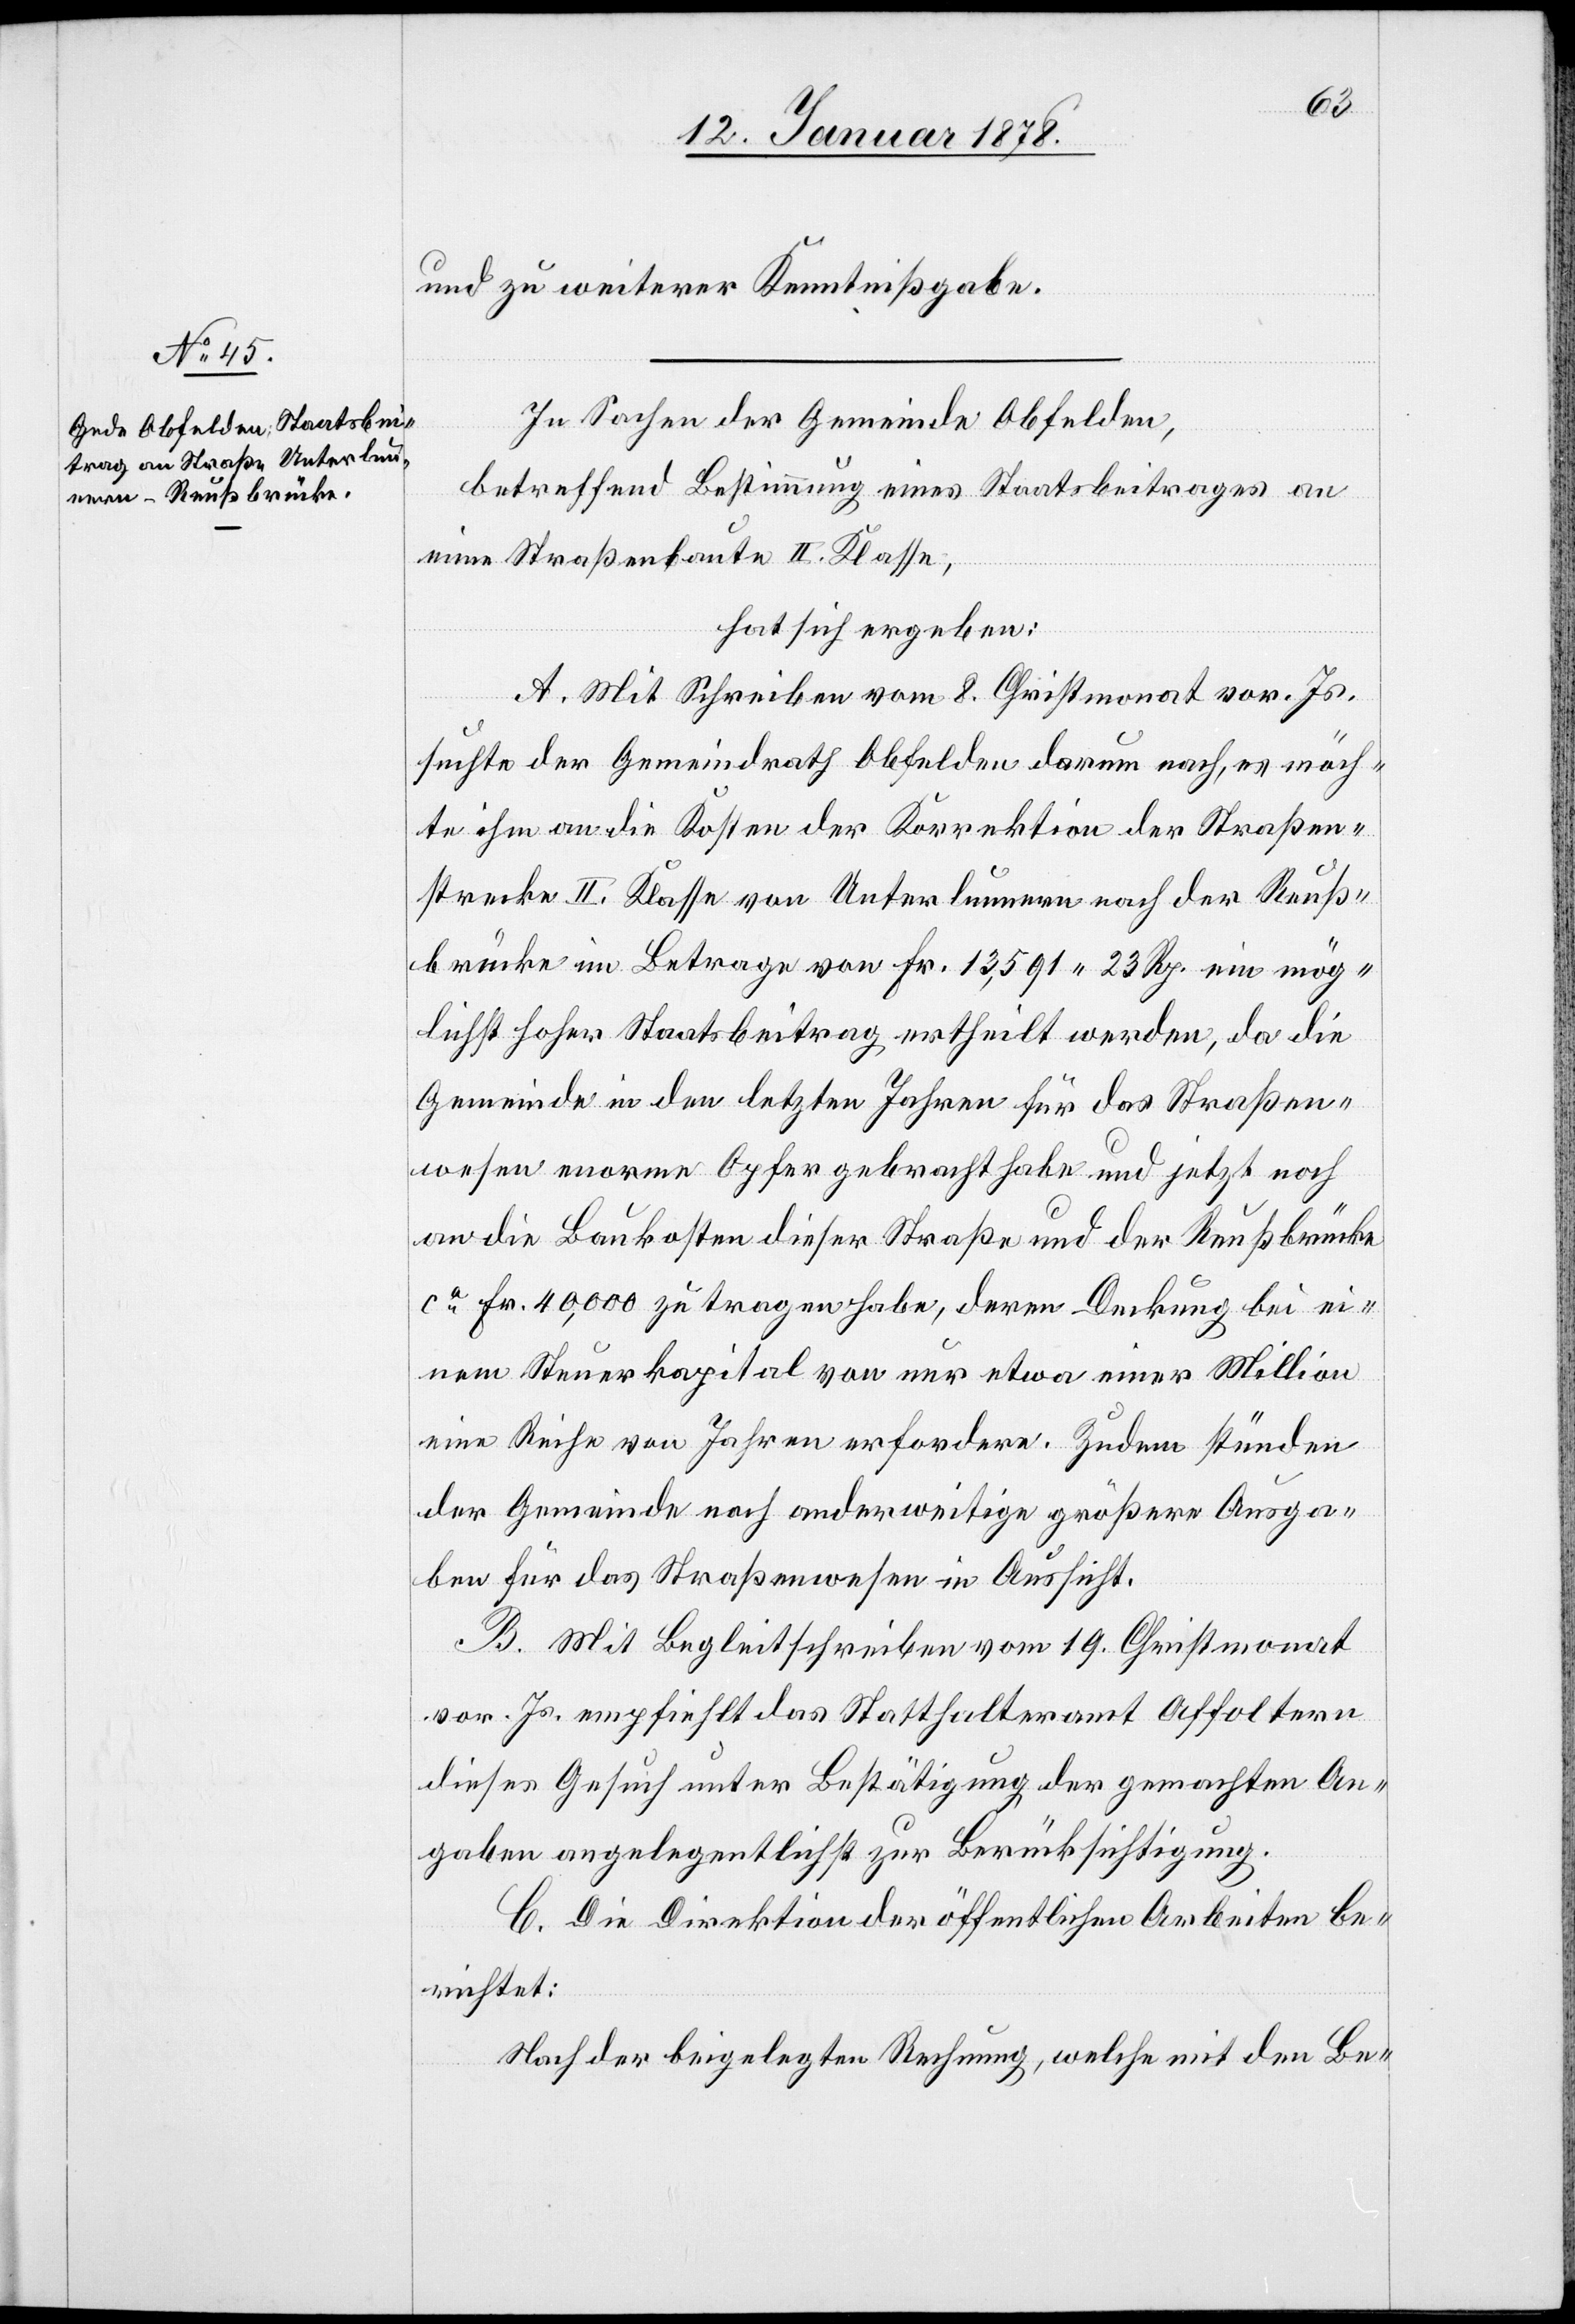
und zu weiterer Kenntnißgabe.
In Sachen der Gemeinde Obfelden,
betreffend Bestimmung eines Staatsbeitrages an
eine Straßenbaute II Klasse,
hat sich ergeben:
A. Mit Schreiben vom 8. Christmonat vor. Js.
suchte der Gemeindrath Obfelden darum nach, es möch¬
te ihm an die Kosten der Korrektion der Straßen¬
strecke II. Klasse von Unterlunnern nach der Reuß¬
brücke im Betrage von Fr. 13,591. 23 Rp. ein mög¬
lichst hoher Staatsbeitrag ertheilt werden, da die
Gemeinde in den letzten Jahren für das Straßen¬
wesen enorme Opfer gebracht habe und jetzt noch
an die Baukosten dieser Straße und der Reußbrücke
ca Fr. 40,000 zu tragen habe, deren Deckung bei ei¬
nem Steuerkapital von nur etwa einer Million
eine Reihe von Jahren erfordere. Zudem stünden
der Gemeinde noch anderweitige größere Ausga¬
ben für das Straßenwesen in Aussicht.
B. Mit Begleitschreiben vom 19. Christmonat
vor. Js. empfiehlt das Statthalteramt Affoltern
dieses Gesuch unter Bestätigung der gemachten An¬
gaben angelegentlichst zur Berücksichtigung.
C. Die Direktion der öffentlichen Arbeiten be¬
richtet:
Nach der beigelegten Rechnung, welche mit den Be-